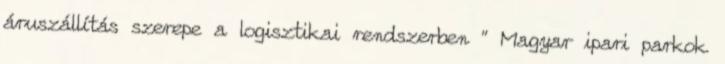
áruszállítás szerepe a logisztikai rendszerben ” Magyar ipari parkok